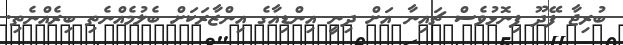
ބުރިޖާ ފޭދޫ ފިނޮޅުވެސް ޗައިނާ އަށް ދިނީ އިންޑިއާގެ އިންޒާރަކަށް ބެލުމެއްނެތި ބިރެއްނެތި.